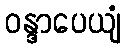
ဝန္ဒာပေယျံ